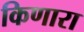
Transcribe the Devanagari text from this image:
किणारा